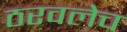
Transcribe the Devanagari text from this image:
ठरवलेच